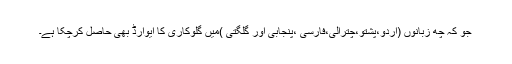
جو کہ چھ زبانوں (اردو،پشتو،چترالی،فارسی ،پنجابی اور گلگتی )میں گلوکاری کا ایوارڈ بھی حاصل کرچکا ہے۔